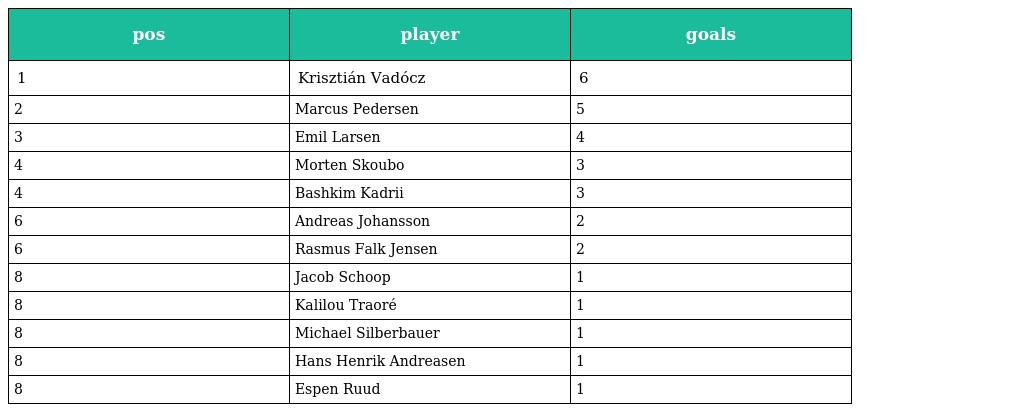
| pos | player | goals |
 | --- | --- | --- |
 | 1 | Krisztián Vadócz | 6 |
 | 2 | Marcus Pedersen | 5 |
 | 3 | Emil Larsen | 4 |
 | 4 | Morten Skoubo | 3 |
 | 4 | Bashkim Kadrii | 3 |
 | 6 | Andreas Johansson | 2 |
 | 6 | Rasmus Falk Jensen | 2 |
 | 8 | Jacob Schoop | 1 |
 | 8 | Kalilou Traoré | 1 |
 | 8 | Michael Silberbauer | 1 |
 | 8 | Hans Henrik Andreasen | 1 |
 | 8 | Espen Ruud | 1 |